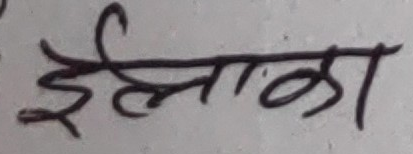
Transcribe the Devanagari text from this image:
इलाका